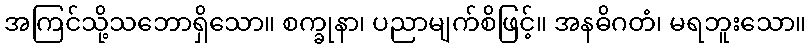
အကြင်သို့သဘောရှိသော။ စက္ခုနာ၊ ပညာမျက်စိဖြင့်။ အနဓိဂတံ၊ မရဘူးသော။